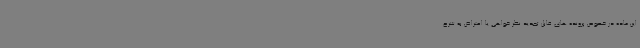
این ماده در خصوص پرونده های قابل تجدید نظر خواهی یا اعتراض به شرح